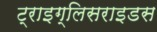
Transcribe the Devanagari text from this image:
ट्राइग्लिसराइडस